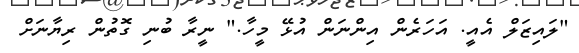
"ލައިޒަލް އެއީ. އަހަރެން އިންނަން އުޅޭ މީހާ." ނީރާ ބުނި ގޮތުން ރިޔާނަށް